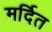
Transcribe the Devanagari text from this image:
मर्दित